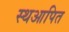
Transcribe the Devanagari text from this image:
स्थआपित